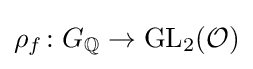
\rho _{f}\colon G_{\mathbb {Q} }\rightarrow \mathrm {GL} _{2}({\mathcal {O}})